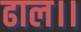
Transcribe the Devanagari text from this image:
ढाल।।